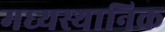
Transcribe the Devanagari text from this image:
मध्यस्थानिक